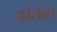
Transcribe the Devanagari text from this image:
अवेलेबल